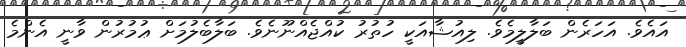
އައެވެ. އަހަރެން ބަލާލީމެވެ. ލިއުޝާއަކީ ހުތުރު ކުއްޖެއްނޫނެވެ. ބަލާބެލުމަށް ޢުމުރުން ވާނީ އެންމެ